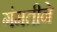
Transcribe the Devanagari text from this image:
गंमतीने